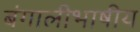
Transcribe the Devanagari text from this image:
बंगालीभाषीय